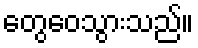
တွေဝေသွားသည်။